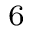
^ { 6 }